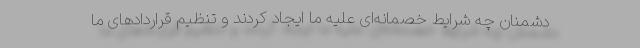
دشمنان چه شرایط خصمانه‌ای علیه ما ایجاد کردند و تنظیم قراردادهای ما